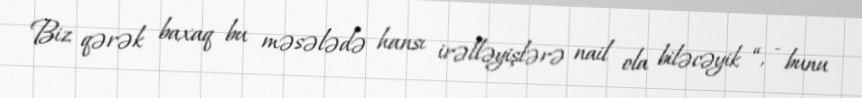
Biz qərək baxaq bu məsələdə hansı irəlləyişlərə nail ola biləcəyik “, - bunu